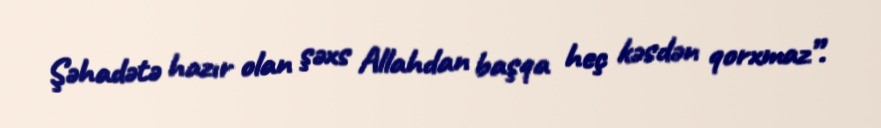
Şəhadətə hazır olan şəxs Allahdan başqa heç kəsdən qorxmaz”.